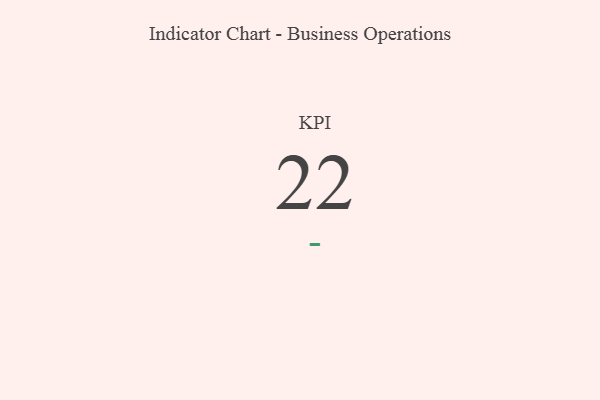
{"axis": {"x": "KPI", "y": "Value"}, "legend": [""], "data": [{"x": "KPI", "y": 22, "type": ""}]}